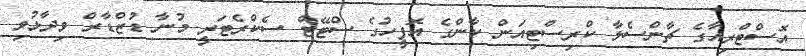
އޮސްޓްރިއާގެ ޗާންސެލާ ކްރިސްޓިއަން ކާންގެ އޮފީހުގެ ސްޓޭޓް ސެކްރެޓަރީ މުނާ ޑުޒްޑާރް ވިދާޅުވި